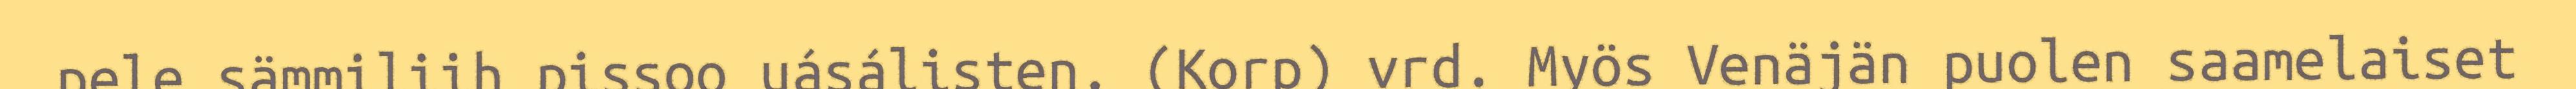
pele sämmiliih pissoo uásálisten. (Korp) vrd. Myös Venäjän puolen saamelaiset